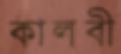
কালবী